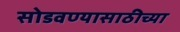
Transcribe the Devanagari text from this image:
सोडवण्यासाठीच्या